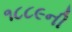
૧૮૮૯ની